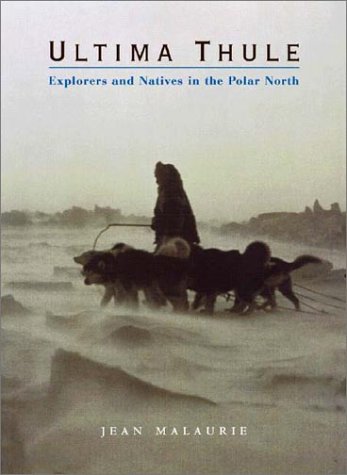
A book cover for Ultima Thule: Explorers and Natives in the Polar North; Jean Malaurie; History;